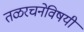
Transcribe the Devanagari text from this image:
तळरचनेविषयी